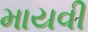
માયવી